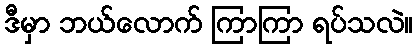
ဒီမှာ ဘယ်လောက် ကြာကြာ ရပ်သလဲ။